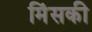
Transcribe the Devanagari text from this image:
मिंसकी